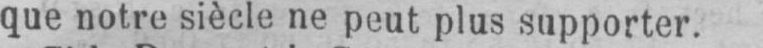
que notre siècle ne peut plus supporter.